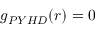
g _ { P Y H D } ( r ) = 0